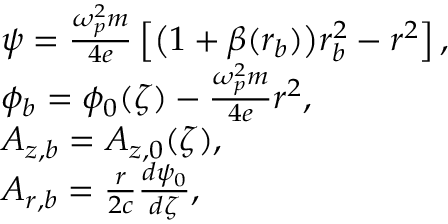
\begin{array} { r l } & { \psi = \frac { \omega _ { p } ^ { 2 } m } { 4 e } \left[ \big ( 1 + \beta ( r _ { b } ) \big ) r _ { b } ^ { 2 } - r ^ { 2 } \right] , } \\ & { \phi _ { b } = \phi _ { 0 } ( \zeta ) - \frac { \omega _ { p } ^ { 2 } m } { 4 e } r ^ { 2 } , } \\ & { A _ { z , b } = A _ { z , 0 } ( \zeta ) , } \\ & { A _ { r , b } = \frac { r } { 2 c } \frac { d \psi _ { 0 } } { d \zeta } , } \end{array}